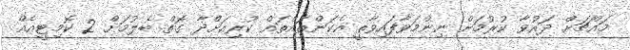
މައްޗަށް ދައުވާ ކުރުމަށް ނިންމަވާފައިވާތީ އެކަންތައްތައް ކުރިއަށްދާ ގޮތް ބެލުމަށް 2 ކޮމިޓީއެއް